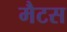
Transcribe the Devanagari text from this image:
मैटस